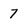
Character: 7